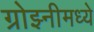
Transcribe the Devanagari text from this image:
ग्रोझ्नीमध्ये